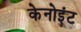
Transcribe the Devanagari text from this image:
केनोइंट